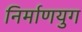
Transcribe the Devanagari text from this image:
निर्माणयुग